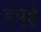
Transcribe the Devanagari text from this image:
डयुई